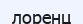
лоренц